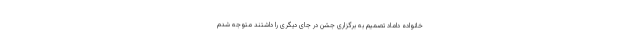
خانواده داماد تصمیم به برگزاری جشن در جای دیگری را داشتند متوجه شدم